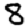
Digit: 8